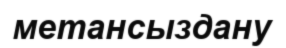
метансыздану